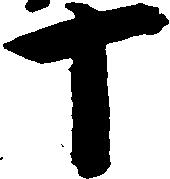
十